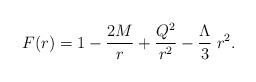
LaTeX: \begin{align*}F(r) = 1 - {2M\over r} + {Q^2\over r^2} - {\Lambda\over 3}\; r^2.\end{align*}